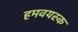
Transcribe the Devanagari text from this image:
हमवयस्क